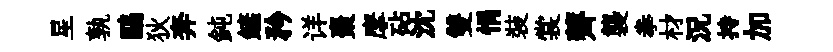
星孰鷗狄奔鈍鏟矜详棗摩砧沈雙悁裝裳薺襲拳材況持加